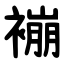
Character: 䙖